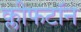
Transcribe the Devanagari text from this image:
क्लीफटॉन